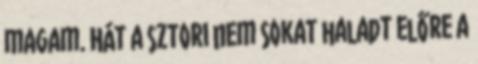
magam. Hát a sztori nem sokat haladt előre a